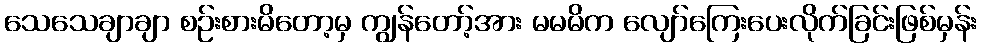
သေသေချာချာ စဉ်းစားမိတော့မှ ကျွန်တော့်အား မမမိက လျော်ကြေးပေးလိုက်ခြင်းဖြစ်မှန်း